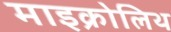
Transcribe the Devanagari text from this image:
माइक्रोलिथ